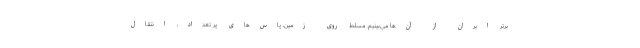
برتر ایران از آن‌ها می‌بینیم. مسلط روی زمین، پاس‌های پر تعداد، انتقال